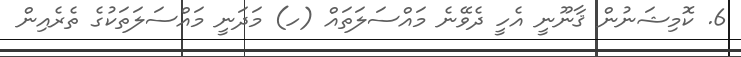
6. ކޮމިޝަނުން ޤާނޫނީ އެހީ ދެވޭނެ މައްސަލަތައް (ހ) މަދަނީ މައްސަލަތަކުގެ ތެރެއިން